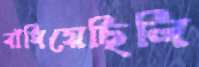
বাঁধিয়েছিলি